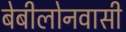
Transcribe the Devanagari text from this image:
बेबीलोनवासी